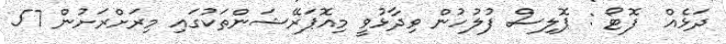
ދަޅެއް  ފޮޓޯ : ޕޮލިސް ފުލުހުން ވިދާޅުވީ މިއޮޕަރޭޝަންތަކުގައި މިރަށްރަށުން 57